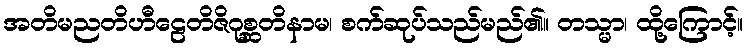
အတိမညတိဟီဠေတိဇိဂုစ္ဆတိနာမ၊ စက်ဆုပ်သည်မည်၏။ တသ္မာ၊ ထို့ကြောင့်။